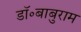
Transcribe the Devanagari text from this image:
डॉ॰बाबुराम